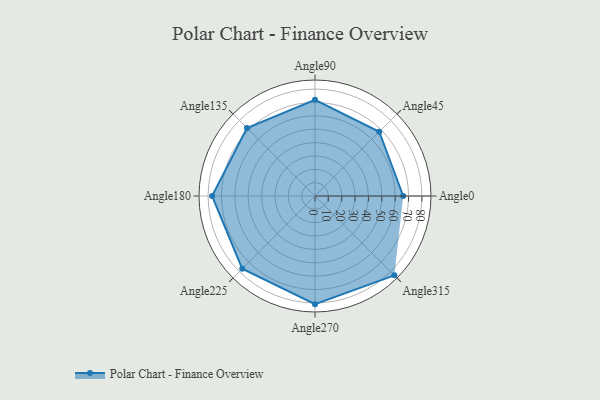
{"axis": {"x": "Angle", "y": "Radius"}, "legend": [""], "data": [{"x": "Angle0", "y": 66.0, "type": ""}, {"x": "Angle45", "y": 68.0, "type": ""}, {"x": "Angle90", "y": 72.0, "type": ""}, {"x": "Angle135", "y": 72.0, "type": ""}, {"x": "Angle180", "y": 77.0, "type": ""}, {"x": "Angle225", "y": 77.0, "type": ""}, {"x": "Angle270", "y": 81.0, "type": ""}, {"x": "Angle315", "y": 84.0, "type": ""}]}